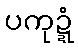
ပကုဍ္ဍံ